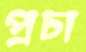
প্রচা